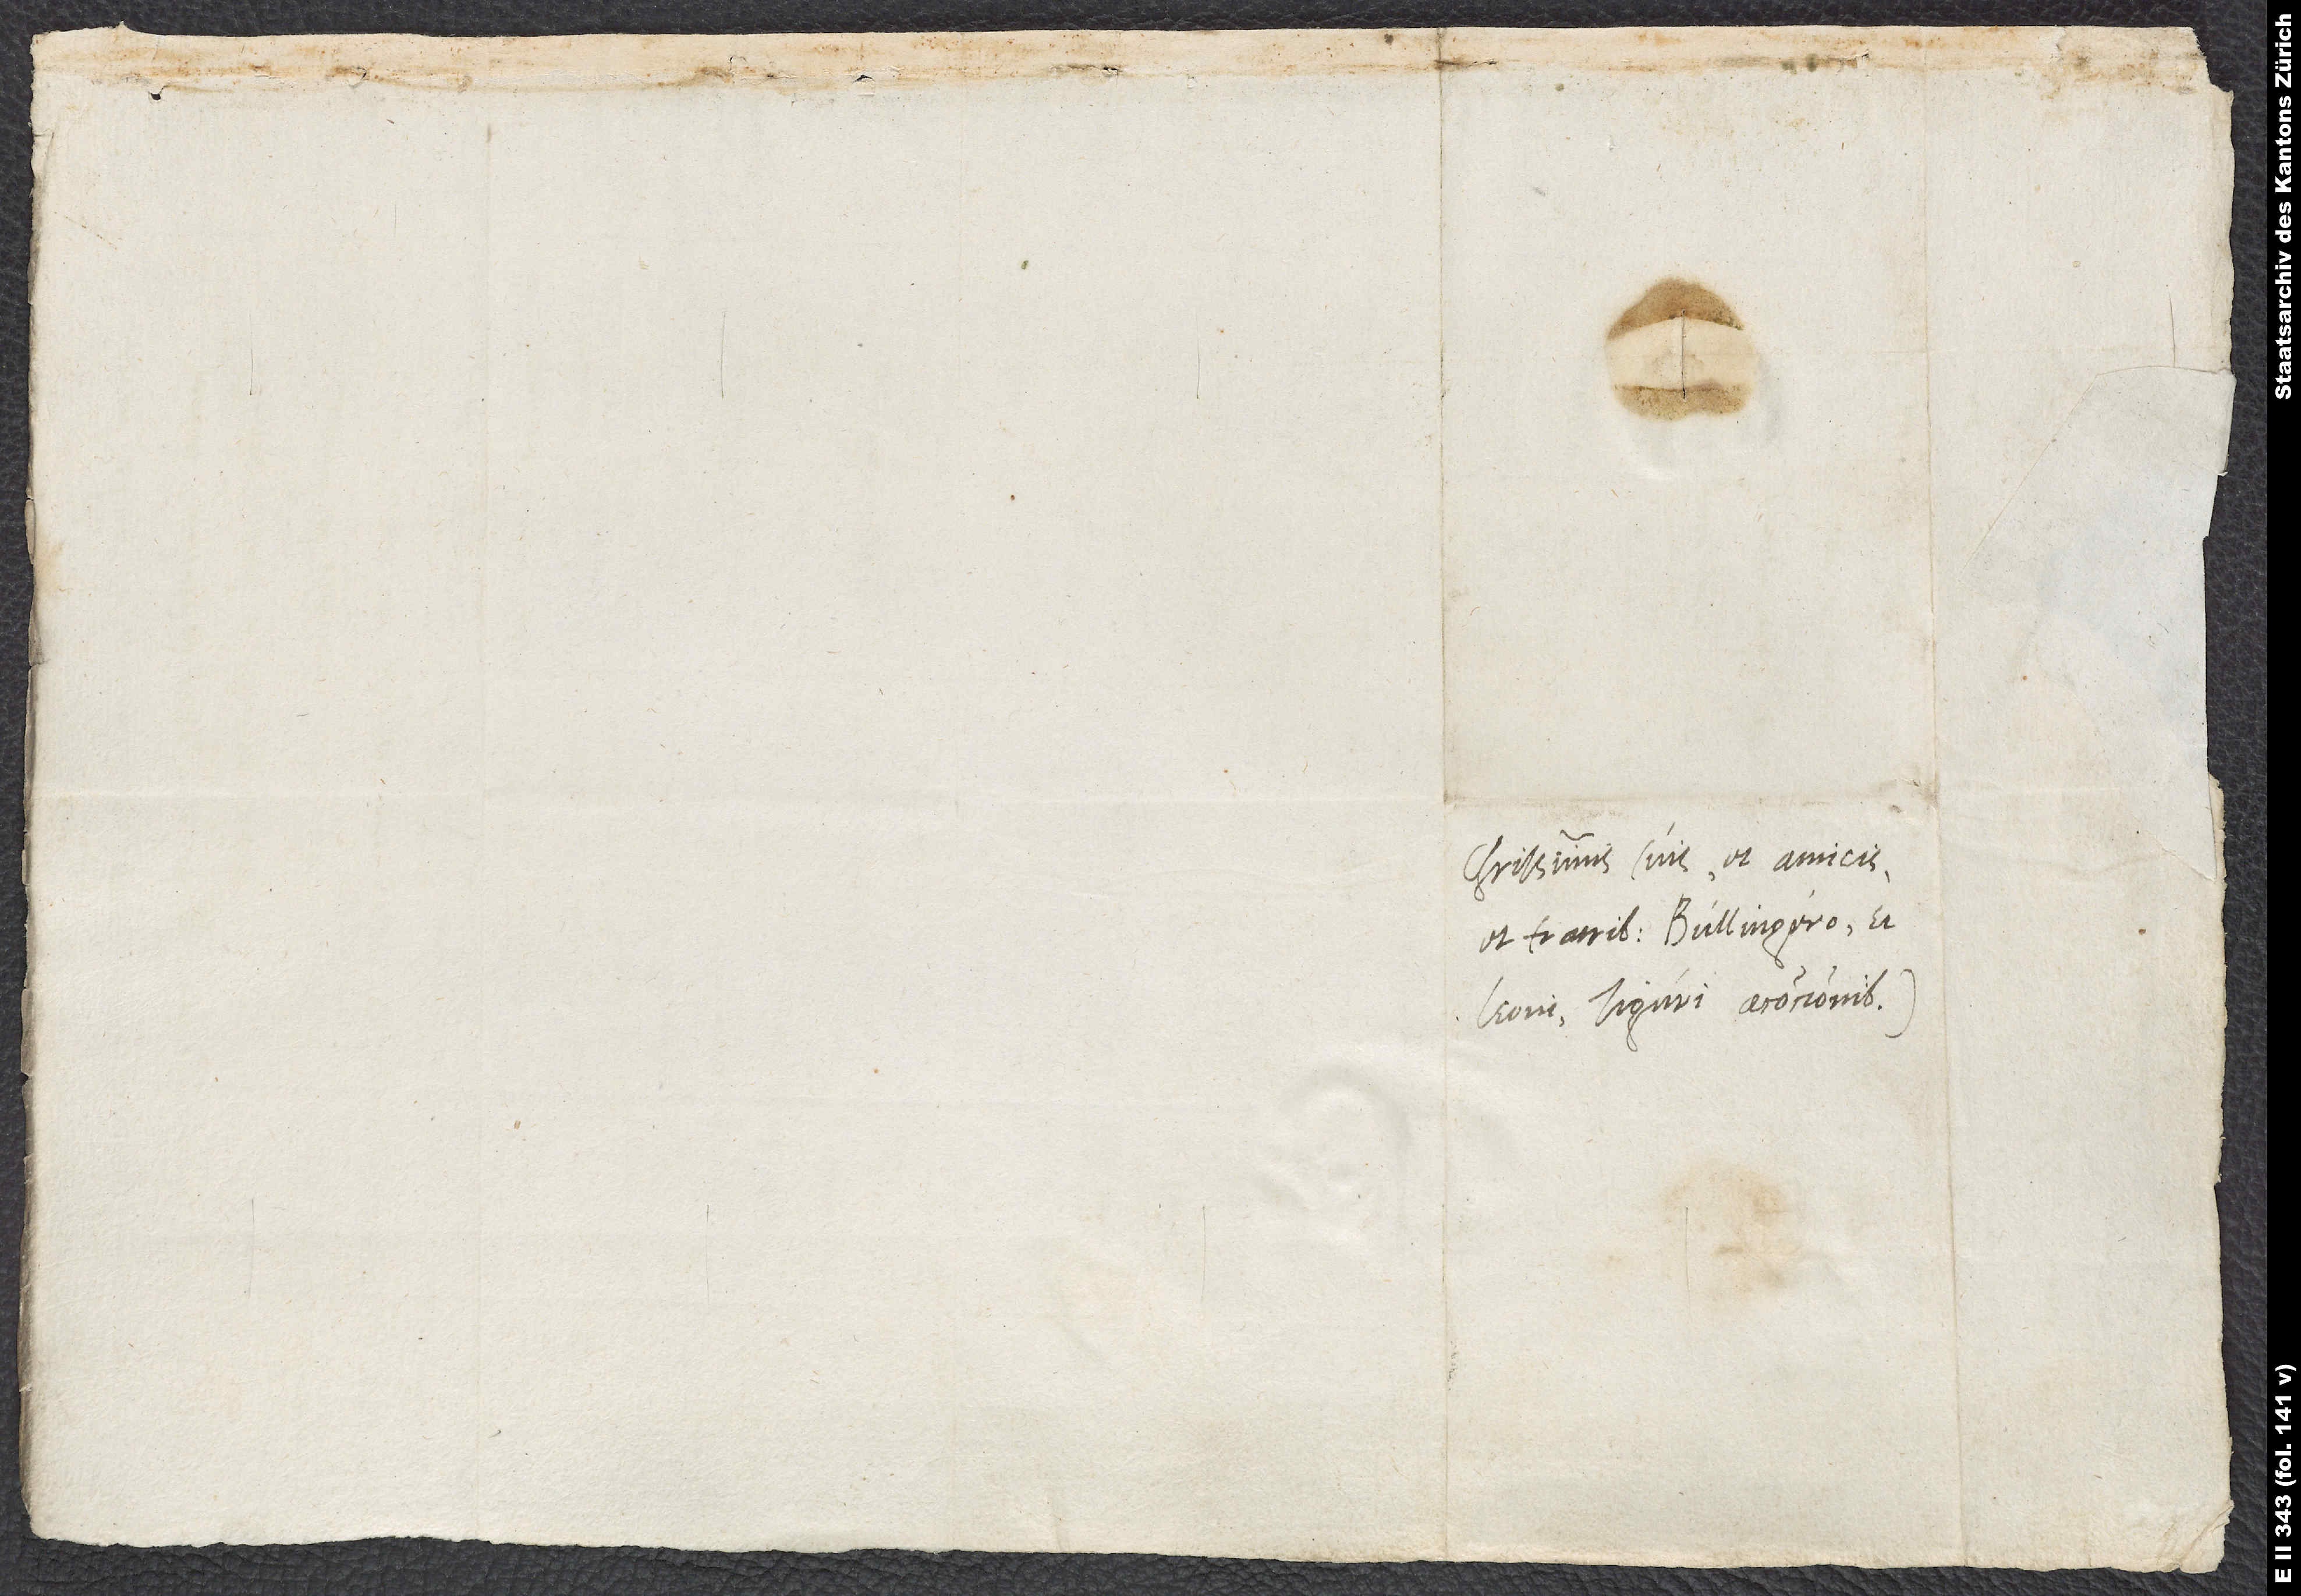
Charissimis suis et amicis
et fratribus Bullingero et
Leoni, Tiguri a concionibus.